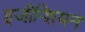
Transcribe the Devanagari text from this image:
इजीप्शियन